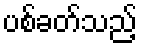
ပစ်ခတ်သည့်